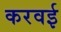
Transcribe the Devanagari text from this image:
करवई